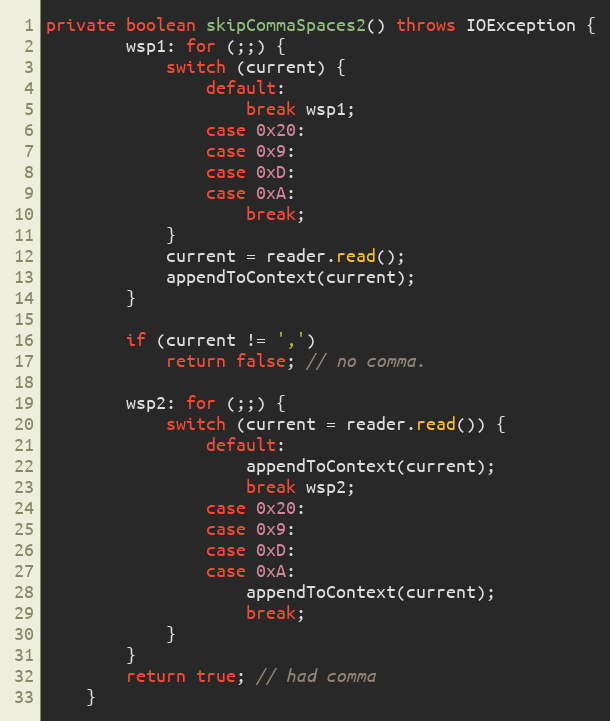
Language: Java
private boolean skipCommaSpaces2() throws IOException {
        wsp1: for (;;) {
            switch (current) {
                default:
                    break wsp1;
                case 0x20:
                case 0x9:
                case 0xD:
                case 0xA:
                    break;
            }
            current = reader.read();
            appendToContext(current);
        }

        if (current != ',')
            return false; // no comma.

        wsp2: for (;;) {
            switch (current = reader.read()) {
                default:
                    appendToContext(current);
                    break wsp2;
                case 0x20:
                case 0x9:
                case 0xD:
                case 0xA:
                    appendToContext(current);
                    break;
            }
        }
        return true; // had comma
    }